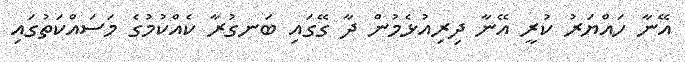
އޭނާ ހައްޔަރު ކުރީ އޭނާ ދިރިއުޅެމުން ދާ ގޭގައި ބަނގުރާ ކެއްކުމުގެ މަސައްކަތުގައި